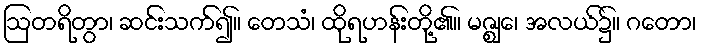
ဩတရိတွာ၊ ဆင်းသက်၍။ တေသံ၊ ထိုရဟန်းတို့၏။ မဇ္ဈေ၊ အလယ်၌။ ဂတော၊